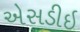
એસડીઇ